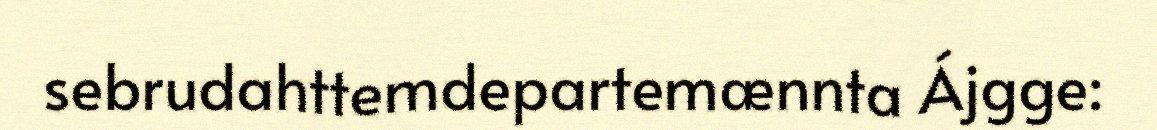
sebrudahttemdepartemænnta Ájgge: